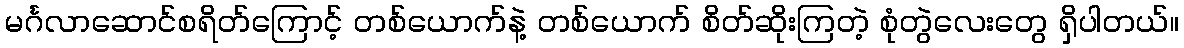
မင်္ဂလာဆောင်စရိတ်ကြောင့် တစ်ယောက်နဲ့ တစ်ယောက် စိတ်ဆိုးကြတဲ့ စုံတွဲလေးတွေ ရှိပါတယ်။